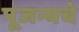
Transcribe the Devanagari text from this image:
पूजन्यचे